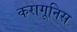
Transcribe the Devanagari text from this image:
करागूनिस